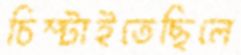
চিম্‌টাইতেছিলে